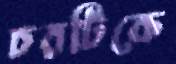
চরটিকে